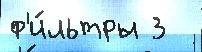
ф'и́льтры 3